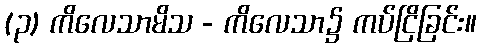
(၃) ကိလေသာမိသ - ကိလေသာ၌ ကပ်ငြိခြင်း။